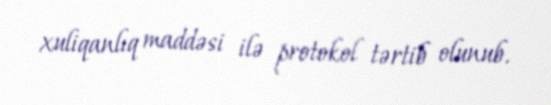
xuliqanlıq maddəsi ilə protokol tərtib olunub.